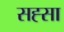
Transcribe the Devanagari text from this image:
सह्सा